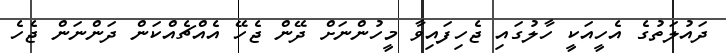
ދައުލަތުގެ އެހީއަކީ ހާލުގައި ޖެހިފައިވާ މީހުންނަށް ދޭން ޖެހޭ އެއްޗެއްކަން ދަންނަން ޖެހެ